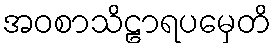
အဝစာသိဠာရပမှေတိ